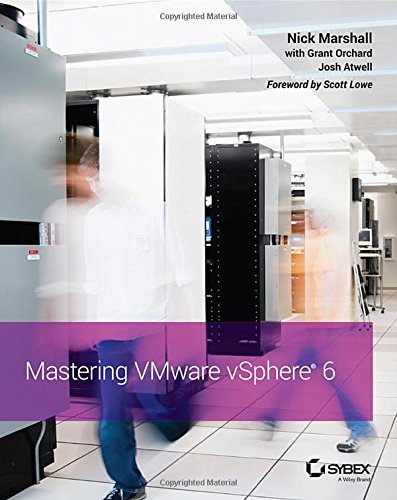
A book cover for Mastering VMware vSphere 6; Nick Marshall; Computers & Technology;